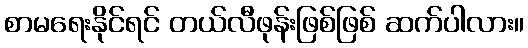
စာမရေးနိုင်ရင် တယ်လီဖုန်းဖြစ်ဖြစ် ဆက်ပါလား။